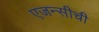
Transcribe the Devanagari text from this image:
एजन्सीची